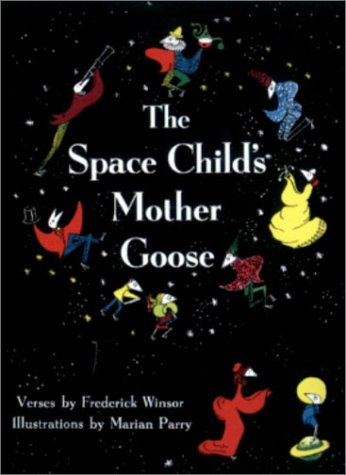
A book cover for The Space Child's Mother Goose; Frederick Winsor; Humor & Entertainment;